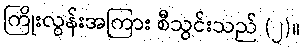
ကြိုးလွန်းအကြား စီသွင်းသည် (၂)။